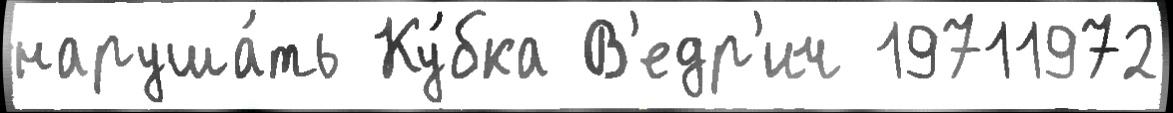
наруша́ть Ку́бка В'едр'ич 19711972